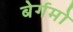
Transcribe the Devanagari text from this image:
बेर्गमो